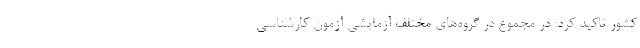
کشور تاکید کرد: در مجموع در گروه‌های مختلف آزمایشی آزمون کارشناسی